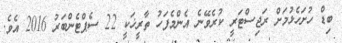
ބިޑް ހުށަހެޅުމަށް ރަޖިސްޓަރީ ކުރެވޭނެ އެންމެފަހު ތާރީޚަކީ 22 ސެޕްޓެންބަރުު 2016 އެވެ.